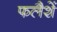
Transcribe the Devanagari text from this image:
फलैशें